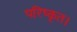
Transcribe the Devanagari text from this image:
परिष्कृत।